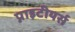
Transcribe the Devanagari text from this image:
प्नाइटीयर्स